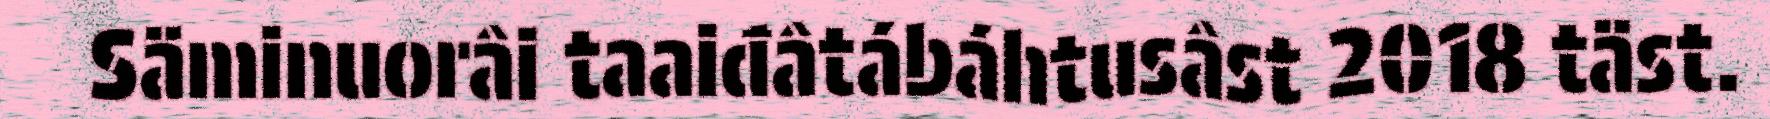
Säminuorâi taaiđâtábáhtusâst 2018 täst.